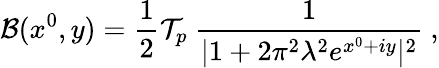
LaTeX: {\cal B}(x^{0},y)={\frac{1}{2}}{\cal T}_{p}~{\frac{1}{|1+2\pi^{2}\lambda^{2}e^{x^{0}+iy}|^{2}}}~,